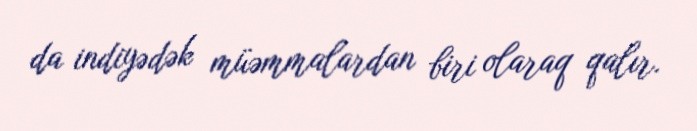
da indiyədək müəmmalardan biri olaraq qalır.